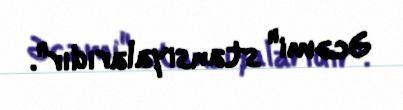
Əcəmi" stansiyalarıdır".